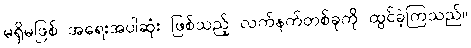
မရှိမဖြစ် အရေးအပါဆုံး ဖြစ်သည့် လက်နက်တစ်ခုကို ထွင်ခဲ့ကြသည်။